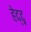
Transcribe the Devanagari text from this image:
हेद्द्न